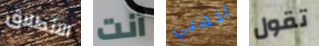
الانطلاق أنت اذهبي تقول